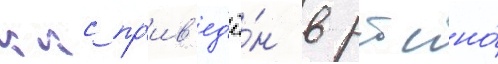
ккс пр'ив'ед'ё́н в ртсно́